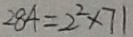
2 8 4 = 2 ^ { 2 } \times 7 1